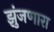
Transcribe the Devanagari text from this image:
झुंजणारा